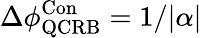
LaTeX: \Delta\phi_{\mathrm{{QCRB}}}^{\mathrm{{Con}}}=1/|\alpha|